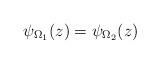
LaTeX: \begin{align*}\psi_{\Omega_1}(z) = \psi_{\Omega_2}(z)\end{align*}